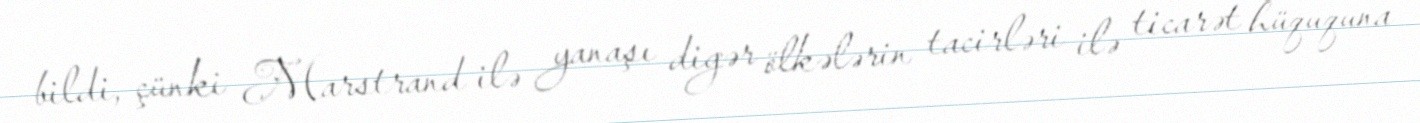
bildi, çünki Marstrand ilə yanaşı digər ölkələrin tacirləri ilə ticarət hüququna